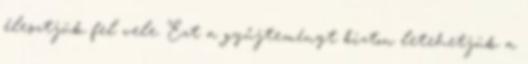
élesztjük fel vele. Ezt a gyűjteményt bizton letehetjük a